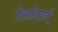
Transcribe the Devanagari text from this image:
तेराहेर्त्ज़